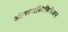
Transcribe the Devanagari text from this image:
ओवरजस्टिफिकेशन